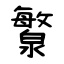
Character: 瀪